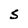
Character: s